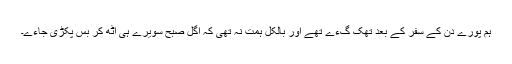
ہم پورے دن کے سفر کے بعد تھک گءے تھے اور بالکل ہمت نہ تھی کہ اگل صبح سویرے ہی اٹھ کر بس پکڑی جاءے۔